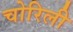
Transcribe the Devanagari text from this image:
चोरिली